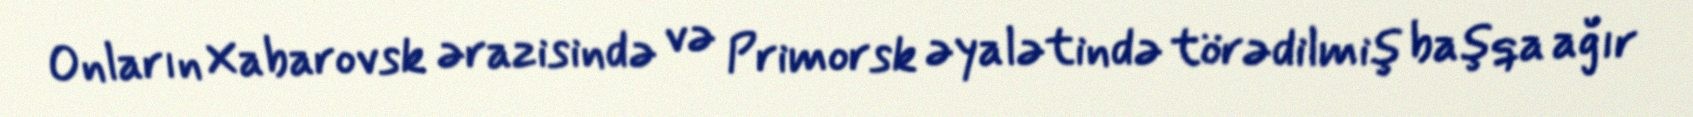
Onların Xabarovsk ərazisində və Primorsk əyalətində törədilmiş başqa ağır